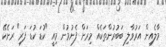
މާލެއިން އަރުވާލި ބަބުރުންތަކެއް މިރަށް ފެނުމުން މިއީ "ކުޑަ ކުޑަ ފަރި" ރަށެކޭ